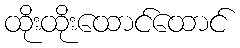
ထိုးထိုးထောင်ထောင်